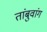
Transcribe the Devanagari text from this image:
तांबुवांग